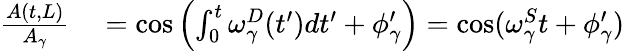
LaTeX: \begin{array}{rl}{\frac{A(t,L)}{A_{\gamma}}}&{{}=\cos\left(\int_{0}^{t}\omega_{\gamma}^{D}(t^{\prime})dt^{\prime}+\phi_{\gamma}^{\prime}\right)=\cos(\omega_{\gamma}^{S}t+\phi_{\gamma}^{\prime})}\end{array}